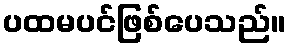
ပထမပင်ဖြစ်ပေသည်။